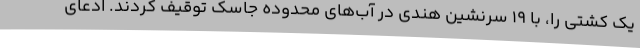
یک کشتی را، با ۱۹ سرنشین هندی در آب‌های محدوده جاسک توقیف کردند. ادعای